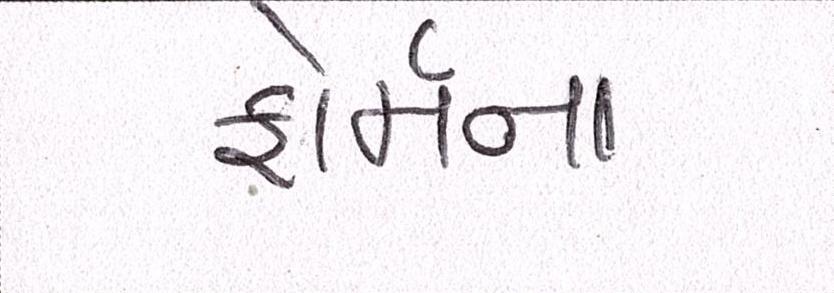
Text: ફોર્મના